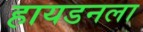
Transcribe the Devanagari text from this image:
हायडनला